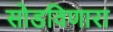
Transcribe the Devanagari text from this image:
सोडविणारा